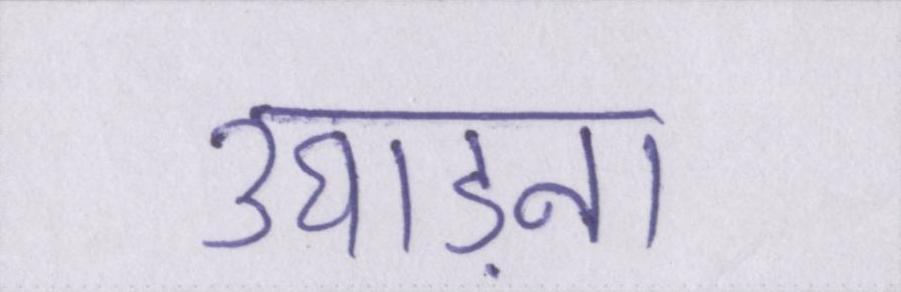
उघाड़ना